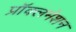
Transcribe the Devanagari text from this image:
प्रॉक्लमेशन